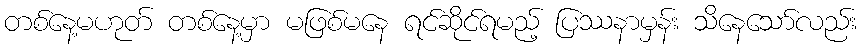
တစ်နေ့မဟုတ် တစ်နေ့မှာ မဖြစ်မနေ ရင်ဆိုင်ရမည့် ပြဿနာမှန်း သိနေသော်လည်း